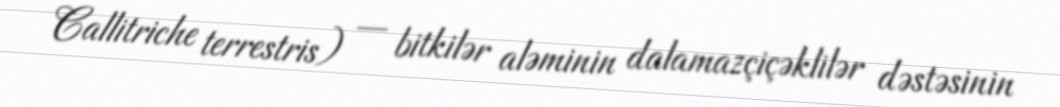
Callitriche terrestris) — bitkilər aləminin dalamazçiçəklilər dəstəsinin